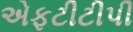
એફટીટીપી